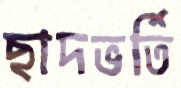
ছাদভর্তি